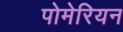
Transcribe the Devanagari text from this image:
पोमेरियन